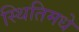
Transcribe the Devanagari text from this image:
स्थितिमधे